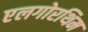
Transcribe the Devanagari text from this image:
एलगोरथिम